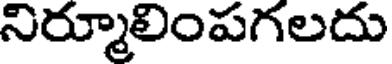
నిర్మూలింపగలదు